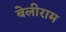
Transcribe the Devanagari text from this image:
बेलीराम